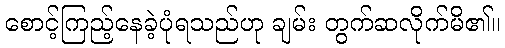
စောင့်ကြည့်နေခဲ့ပုံရသည်ဟု ချမ်း တွက်ဆလိုက်မိ၏။